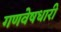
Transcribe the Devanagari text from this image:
गणवेषधारी